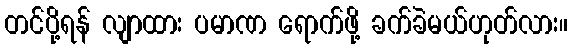
တင်ပို့ရန် လျာထား ပမာဏ ရောက်ဖို့ ခက်ခဲမယ်ဟုတ်လား။